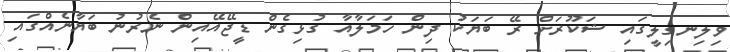
ވިލިނގިލީގައި ޝަކޫރަށް ރޭ ބަޔަކު ދިން ހަމަލާއާ ގުޅިގެން ޑީޖޭއޭއިން ނެރުނު ބަޔާނެއްގައި